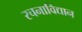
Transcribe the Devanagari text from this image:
रचनाविद्यान